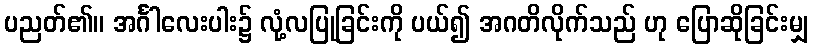
ပညတ်၏။ အင်္ဂါလေးပါး၌ လုံ့လပြုခြင်းကို ပယ်၍ အဂတိလိုက်သည် ဟု ပြောဆိုခြင်းမျှ